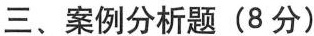
三、案例分析题(8分)